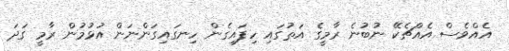
އެއްވެސް އެއްޗެކޭ ނުބުނެ ރާމީގެ އަތުގައި ހިފައިގެން ހިނގައިގަންނަން އުޅުމުން ރާމީ ގަދަ